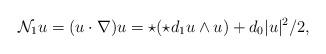
LaTeX: \begin{align*}{\mathcal N}_1 u = (u \cdot \nabla) u = \star (\star d_1 u \wedge u) + d_0 |u|^2 /2, \end{align*}